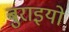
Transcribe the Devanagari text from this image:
बुराइयो